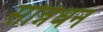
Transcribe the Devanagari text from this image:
सन्निधन